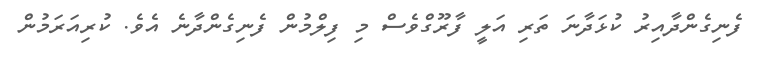
ފެނިގެންދާއިރު ކުޅަދާނަ ތަރި އަލީ ފާރޫގްވެސް މި ފިލްމުން ފެނިގެންދާނެ އެވެ. ކުރިއަރަމުން